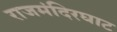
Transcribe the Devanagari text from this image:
राजमंदिरघाट